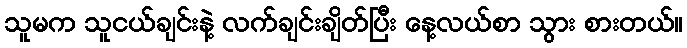
သူမက သူငယ်ချင်းနဲ့ လက်ချင်းချိတ်ပြီး နေ့လယ်စာ သွား စားတယ်။